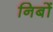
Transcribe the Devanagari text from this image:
निबों